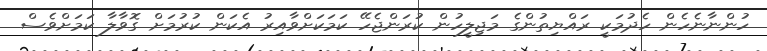
ހުންނާނެހެން ހެދުމަކީ ރައްޔިތުންގެ މަޖިލީހުން ކުރަންޖެހޭ ކަމަކަށްވާއިރު އެކަން ކުރުމަށް ގޮވާލާ ކަމަށްވެސް